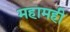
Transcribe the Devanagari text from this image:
महामही